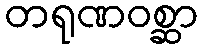
တရုဏဝစ္ဆာ